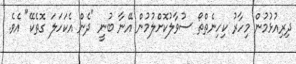
ދިރިއުޅުމުން މިހާރު ކިހިނެތްތޯ ސުވާލުކޮށްލުމުން އޭނާ ބުނީ "ދެން އެކަހަލަ ގޮތެކޭ" އެވެ.